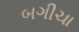
બગીચા